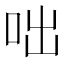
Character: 咄